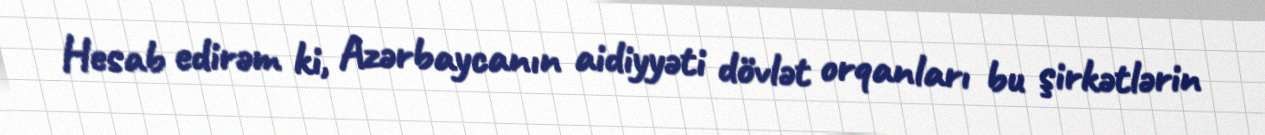
Hesab edirəm ki, Azərbaycanın aidiyyəti dövlət orqanları bu şirkətlərin